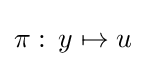
{\begin{aligned}\pi :\,y\mapsto u\end{aligned}}